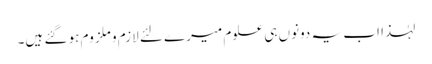
لہٰذا اب یہ دونوں ہی علوم میرے لئے لازم و ملزوم ہو گئے ہیں۔